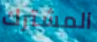
المشترك